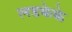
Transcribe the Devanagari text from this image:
लडकेके